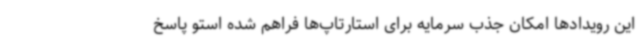
این رویدادها امکان جذب سرمایه برای استارتاپ‌ها فراهم شده استو پاسخ